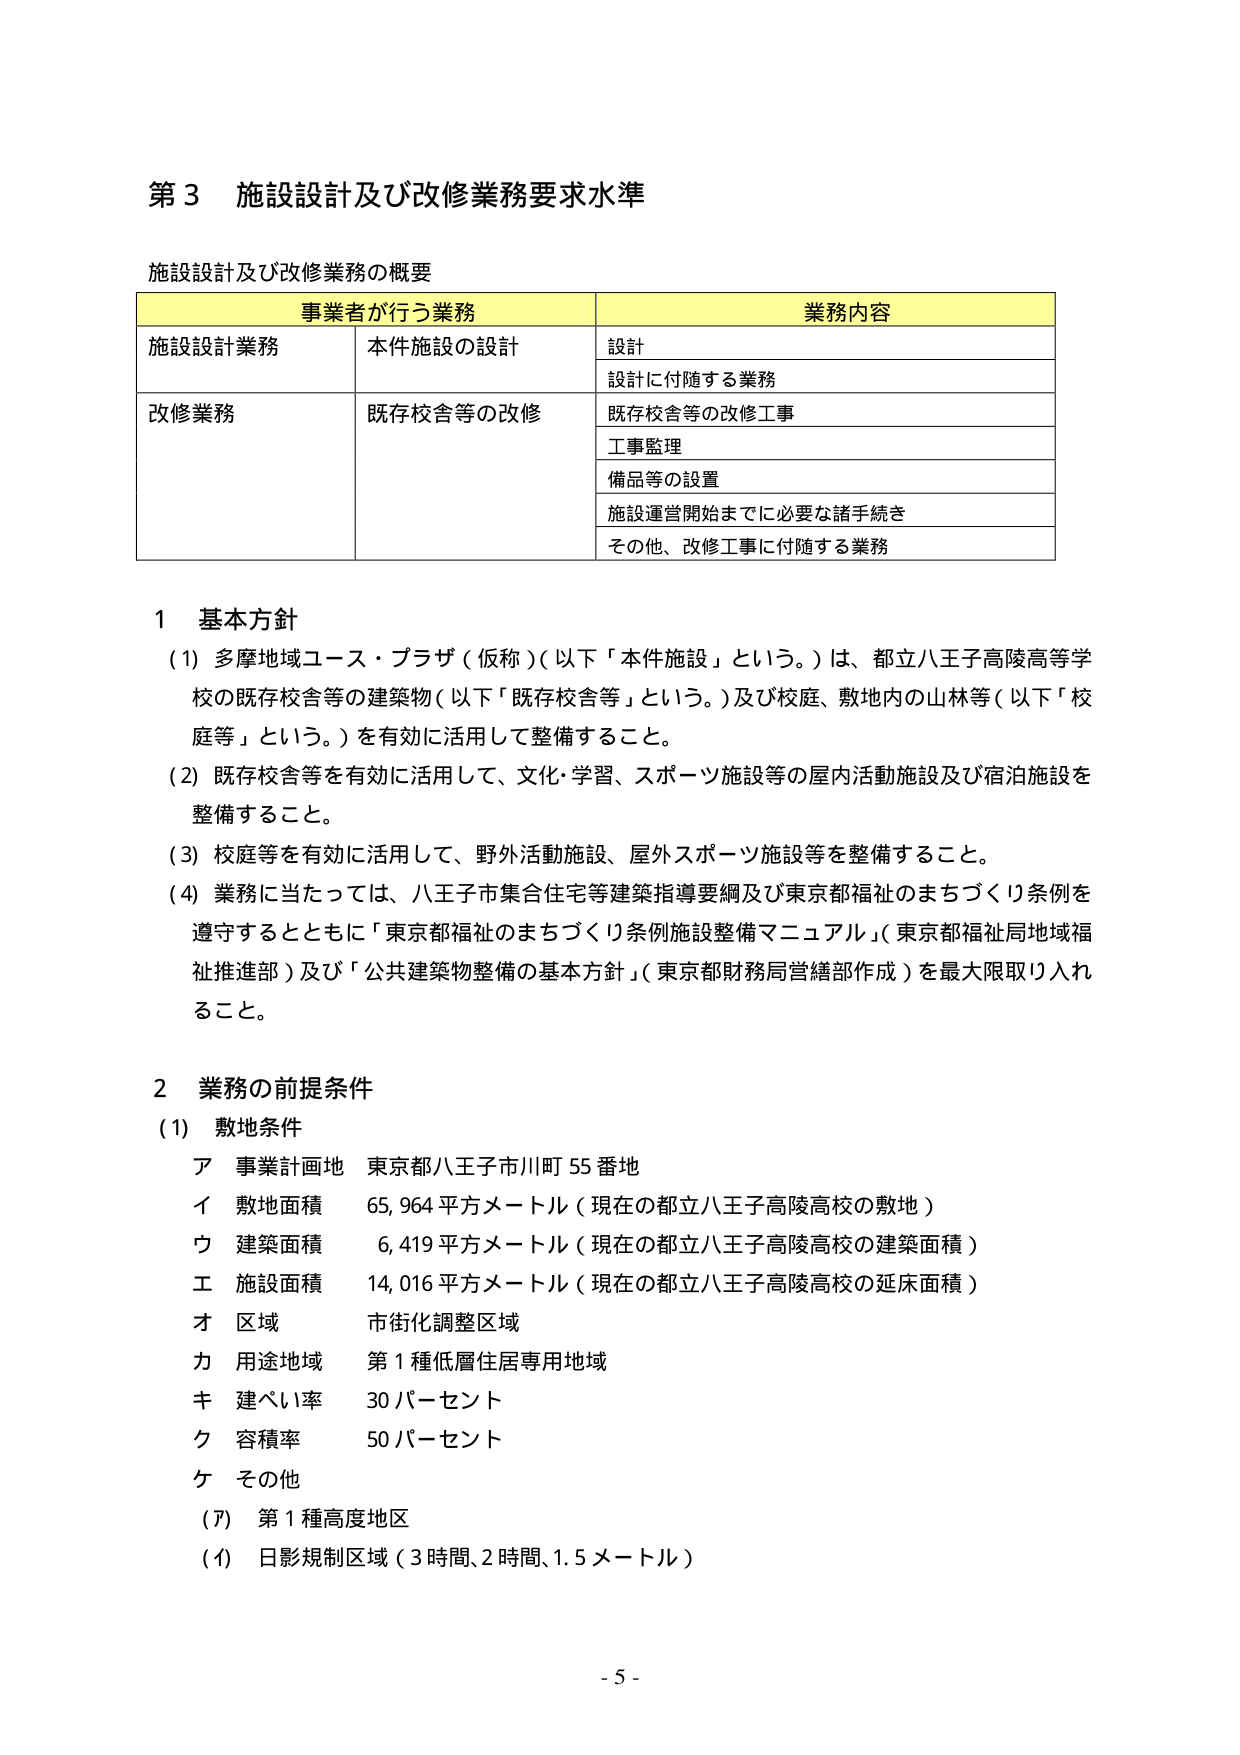
第３ 施設設計及び改修業務要求水準

施設設計及び改修業務の概要

事業者が行う業務 業務内容
施設設計業務 本件施設の設計 設計
設計に付随する業務
改修業務 既存校舎等の改修 既存校舎等の改修工事
工事監理
備品等の設置
施設運営開始までに必要な諸手続き
その他、改修工事に付随する業務

１ 基本方針
(1) 多摩地域ユース・プラザ（仮称）（以下「本件施設」という。）は、都立八王子高陵高等学校の既存校舎等の建築物（以下「既存校舎等」という。）及び校庭、敷地内の山林等（以下「校庭等」という。）を有効に活用して整備すること。
(2) 既存校舎等を有効に活用して、文化・学習、スポーツ施設等の屋内活動施設及び宿泊施設を整備すること。
(3) 校庭等を有効に活用して、野外活動施設、屋外スポーツ施設等を整備すること。
(4) 業務に当たっては、八王子市集合住宅等建築指導要綱及び東京都福祉のまちづくり条例を遵守するとともに「東京都福祉のまちづくり条例施設整備マニュアル」（東京都福祉局地域福祉推進部）及び「公共建築物整備の基本方針」（東京都財務局営繕部作成）を最大限取り入れること。

２ 業務の前提条件
(1) 敷地条件
ア 事業計画地 東京都八王子市川町55番地
イ 敷地面積 65,964平方メートル（現在の都立八王子高陵高校の敷地）
ウ 建築面積 6,419平方メートル（現在の都立八王子高陵高校の建築面積）
エ 施設面積 14,016平方メートル（現在の都立八王子高陵高校の延床面積）
オ 区域 市街化調整区域
カ 用途地域 第1種低層住居専用地域
キ 建ぺい率 30パーセント
ク 容積率 50パーセント
ケ その他
(ｱ) 第1種高度地区
(ｲ) 日影規制区域（3時間、2時間、1.5メートル）

- 5 -